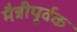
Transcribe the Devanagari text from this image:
मैत्रीपूर्वक